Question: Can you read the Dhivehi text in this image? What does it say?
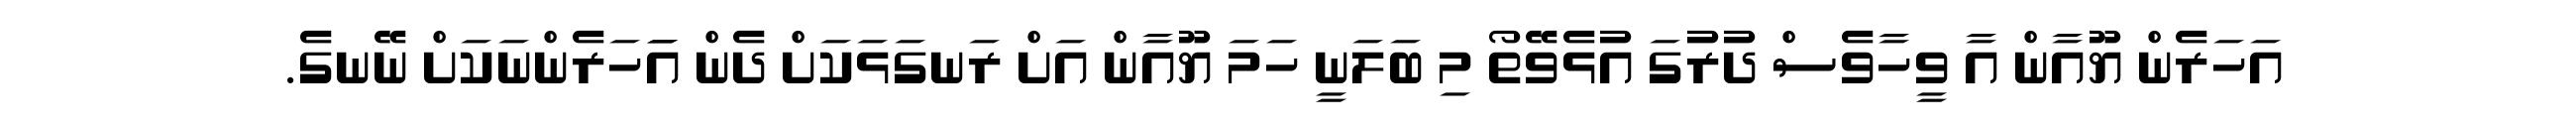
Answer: އަހަރެން ޔޫއާން އާ ވީހާވެސް ދުރުގަ އުޅެވޭތޯ މި ބަލަނީ ހަމަ ޔޫއާން އަށް ރަނގަޅަކަށް ދެން އަަހަރެންނަކަށް ނޭނގެ.